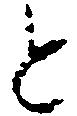
と